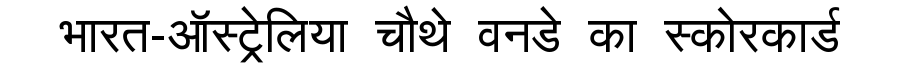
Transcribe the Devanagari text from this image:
भारत-ऑस्ट्रेलिया चौथे वनडे का स्कोरकार्ड